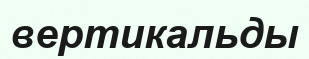
вертикальды